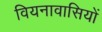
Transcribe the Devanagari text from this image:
वियनावासियों